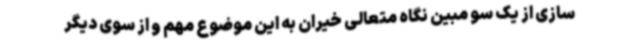
سازی از یک سو مبین نگاه متعالی خیران به این موضوع مهم و از سوی دیگر